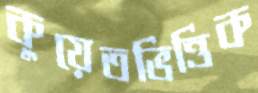
কুয়েতভিত্তিক